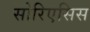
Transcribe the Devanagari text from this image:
सोरिएसिस